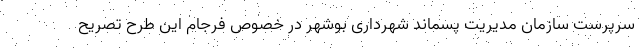
سرپرست سازمان مدیریت پسماند شهرداری بوشهر در خصوص فرجام این طرح تصریح